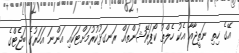
އޭގެ ހިތި ނަތީޖާއާ އެކު ހެލްތު ކޯޕަރޭޝަންތައް ރަނގަޅުކުރުމަށްޓަކައި އަންނަ އަހަރުގެ ބަޖެޓްގެ